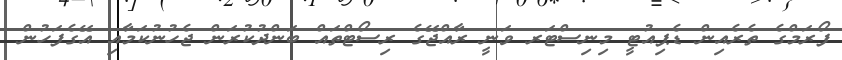
ފޯރަމްގެ ތެރެއިން ޑެޕިއުޓީ މިނިސްޓަރ ވަނީ ރާއްޖޭގެ ރިސޯޓްތައް ބަންދުކުރަން ޖެހުނުކަމާއި އޭގެފަހުން